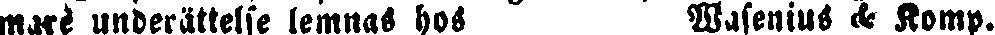
mare underättelse lemnas hos Wasenius & Komp.